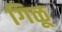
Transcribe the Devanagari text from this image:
गिळू